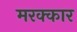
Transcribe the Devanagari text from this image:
मरक्कार